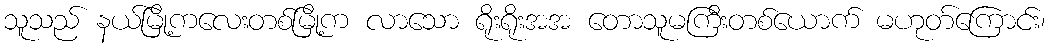
သူသည် နယ်မြို့ကလေးတစ်မြို့က လာသော ရိုးရိုးအအ တောသူမကြီးတစ်ယောက် မဟုတ်ကြောင်း၊